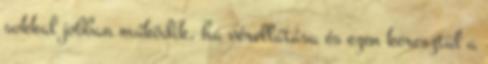
sokkal jobban működik, ha vérellátása és ezen keresztül a